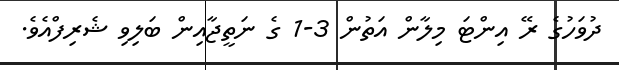
ދުވަހުގެ ރޭ އިންޓަ މިލާން އަތުން 3-1 ގެ ނަތީޖާއިން ބަލިވި ޝެރިފްއެވެ.